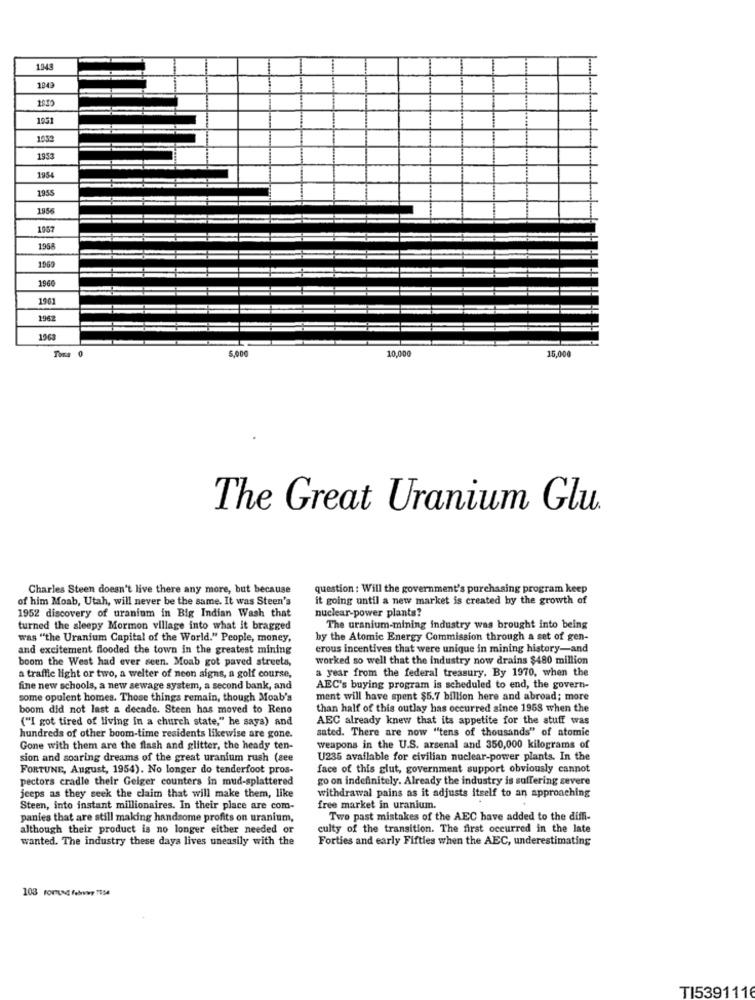
1049
1843
1951
1953
1954
1955
1956
1057
1964
1969
1960
1961
1942
Tons 0
10,000
15,000
The Great Uranium Glu.
Charles Steen doesn't live there any more, but because
question : Will the government's purchasing program keep
of him Moab, Utah, will never be the same. It was Steen's
it going until a new market is created by the growth of
1952 discovery of uranium in Big Indian Wash that
nuclear-power plants?
turned the sleepy Mormon village into what it bragged
The uranium-mining industry was brought into being
was "the Uranium Capital of the World." People, money,
by the Atomic Energy Commission through a set of gen-
and excitement flooded the town in the greatest mining
crous incentives that were unique in mining history-and
boom the West had ever seen. Moab got paved streets,
worked so well that the industry now drains $480 million
a year from the federal treasury. By 1970, when the
a traffic light or two, a welter of neon signs, a golf course,
fine new schools, a new sewage system, a second bank, and
AEC's buying program is scheduled to end, the govern-
some opulent homes. Those things remain, though Moab's
ment will have spent $5.7 billion here and abroad; more
boom did not last a decade. Steen has moved to Reno
than half of this outlay has occurred since 1968 when the
("I got tired of living in a church state," he says) and
AEC already knew that its appetite for the stuff was
sated. There are now "tens of thousands" of atomic
hundreds of other boom-time residents likewise are gone.
Gone with them are the flash and glitter, the heady ten-
weapons in the U.S. arsenal and 350,000 kilograms of
sion and soaring dreams of the great uranium rush (see
U235 available for civilian nuclear-power plants. In the
FORTUNE, August, 1954). No longer do tenderfoot pros-
face of this glut, government support obviously cannot
pectors cradle their Geiger counters in mud-splattered
go on indefinitely. Already the industry is suffering severe
jeeps as they seek the claim that will make them, like
withdrawal pains as it adjusts itself to an approaching
Steen, into instant millionaires. In their place are com-
free market in uranium.
panies that are still making handsome profits on uranium,
Two past mistakes of the AEC have added to the diffi-
although their product is no longer either needed or
culty of the transition. The first occurred in the late
wanted. The industry these days lives uneasily with the
Forties and early Fifties when the AEC, underestimating
TI539111